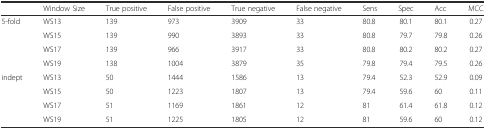
|  | Window Size | True positive | False positive | True negative | False negative | Sens | Spec | Acc | MCC |
 | --- | --- | --- | --- | --- | --- | --- | --- | --- | --- |
 | 5-fold | WS13 | 139 | 973 | 3909 | 33 | 80.8 | 80.1 | 80.1 | 0.27 |
 |  | WS15 | 139 | 990 | 3893 | 33 | 80.8 | 79.7 | 79.8 | 0.26 |
 |  | WS17 | 139 | 966 | 3917 | 33 | 80.8 | 80.2 | 80.2 | 0.27 |
 |  | WS19 | 138 | 1004 | 3879 | 35 | 79.8 | 79.4 | 79.5 | 0.26 |
 | indept | WS13 | 50 | 1444 | 1586 | 13 | 79.4 | 52.3 | 52.9 | 0.09 |
 |  | WS15 | 50 | 1223 | 1807 | 13 | 79.4 | 59.6 | 60 | 0.11 |
 |  | WS17 | 51 | 1169 | 1861 | 12 | 81 | 61.4 | 61.8 | 0.12 |
 |  | WS19 | 51 | 1225 | 1805 | 12 | 81 | 59.6 | 60 | 0.12 |